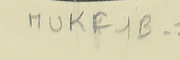
1_MUKF1B